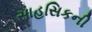
સાહસિકની